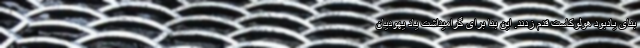
بنای یادبود هولوکاست قدم زدند. این بنا برای گرامیداشت یاد یهودیان